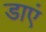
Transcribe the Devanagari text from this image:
डाएं